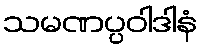
သမဏပ္ပဝါဒါနံ